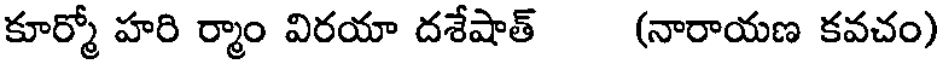
కూర్మో హరి ర్మాం విరయా దశేషాత్ (నారాయణ కవచం)